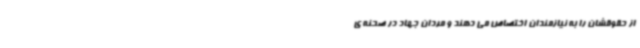
از حقوقشان را به نیازمندان اختصاص می دهند و مردان جهاد در صحنه ی